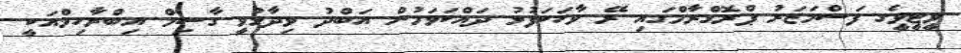
ވީޓީވީގެ ފަސްމަޒަރު ޕްރޮގްރާމްގައި ރޭ ވާހަކަފުޅު ދައްކަވަމުން އަބްދު ވިދާޅުވީ ގާސިމް އިބްރާހިމްއަކީ